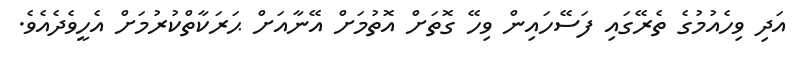
އަދި ވިހެއުމުގެ ތެރޭގައި ފަސޭހައިން ވިހޭ ގޮތަށް އޮތުމަށް އޭނާއަށް ޙަރަކާތްކުރުމަށް އެހީވެދެއެވެ.